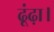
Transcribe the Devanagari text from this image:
ढूंढ़ा।